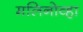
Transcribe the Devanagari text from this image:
मलिनोव्हा